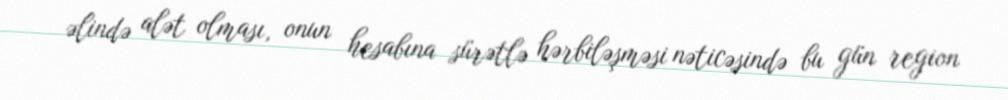
əlində alət olması, onun hesabına sürətlə hərbiləşməsi nəticəsində bu gün region